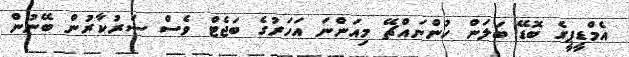
އެމްޑީޕީގެ ބޮޑޭ ބަލަން ހުންނައްޗޭ މިއަންނަ އަހަރުގެ ބަޖެޓް ވެސް ސަރުކާރުން ބޭނުން